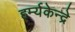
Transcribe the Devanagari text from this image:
हर्म्यकेन्द्रे